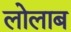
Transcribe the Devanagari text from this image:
लोलाब